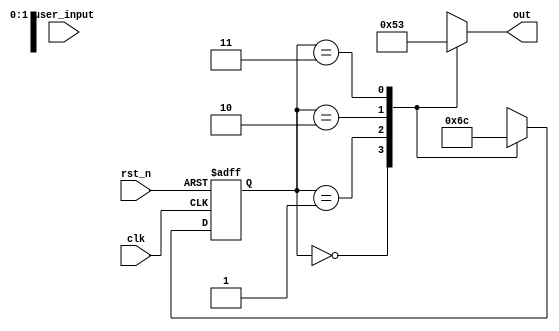
//copilot mean_prob: 0.9035437637608796
//This file was assembled by gen.py, written by redactedAuthorFirstname redactedAuthorLastname.
//Separate output and next state logic:
module fsm(out, user_input, clk, rst_n);

input [2:0] user_input;
input clk, rst_n;
output reg [2:0] out;
reg [1:0] state_reg,state_next;

//sequential part
always @ (posedge clk or negedge rst_n )
    begin
        if (!rst_n)
        state_reg <= 2'h0;
        else
        state_reg <= state_next;
    end

//output logic
always @ (user_input, state_reg )
    begin
        case (state_reg)
            2'h0: out = 2'h0;
            2'h1: out = 2'h1;
            2'h2: out = 2'h2;
            2'h3: out = 2'h3;
        endcase
    end

//next state logic
//-copilot next line-
//copilot mean_prob: 0.9035437637608796

always @ (user_input, state_reg )
    begin
        case (state_reg)
            2'h0: state_next <= 2'h1;
            2'h1: state_next <= 2'h2;
            2'h2: state_next <= 2'h3;
            2'h3: state_next <= 2'h0;
        endcase
    end    


endmodule